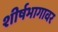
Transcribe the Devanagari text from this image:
शीर्षभागावर